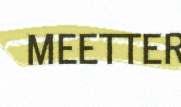
MEETTER